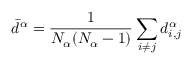
\displaystyle \bar { d } ^ { \alpha } = \frac { 1 } { N _ { \alpha } ( N _ { \alpha } - 1 ) } \sum _ { i \neq j } { d _ { i , j } ^ { \alpha } }